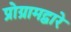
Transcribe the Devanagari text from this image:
प्रोग्रामद्वारे